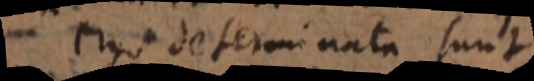
ergo determinata sunt,